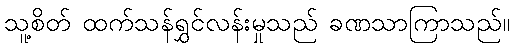
သူ့စိတ် ထက်သန်ရွှင်လန်းမှုသည် ခဏသာကြာသည်။